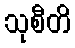
သုစီတိ